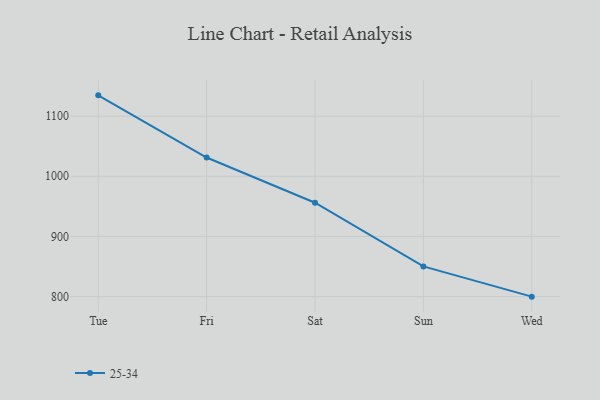
{"axis": {"x": "Day", "y": "Active Users"}, "legend": ["25-34"], "data": [{"x": "Tue", "y": 1134.5, "type": "25-34"}, {"x": "Fri", "y": 1031.2, "type": "25-34"}, {"x": "Sat", "y": 956.1, "type": "25-34"}, {"x": "Sun", "y": 850.3, "type": "25-34"}, {"x": "Wed", "y": 800, "type": "25-34"}]}